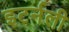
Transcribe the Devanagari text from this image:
इटर्नली